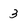
Character: 3